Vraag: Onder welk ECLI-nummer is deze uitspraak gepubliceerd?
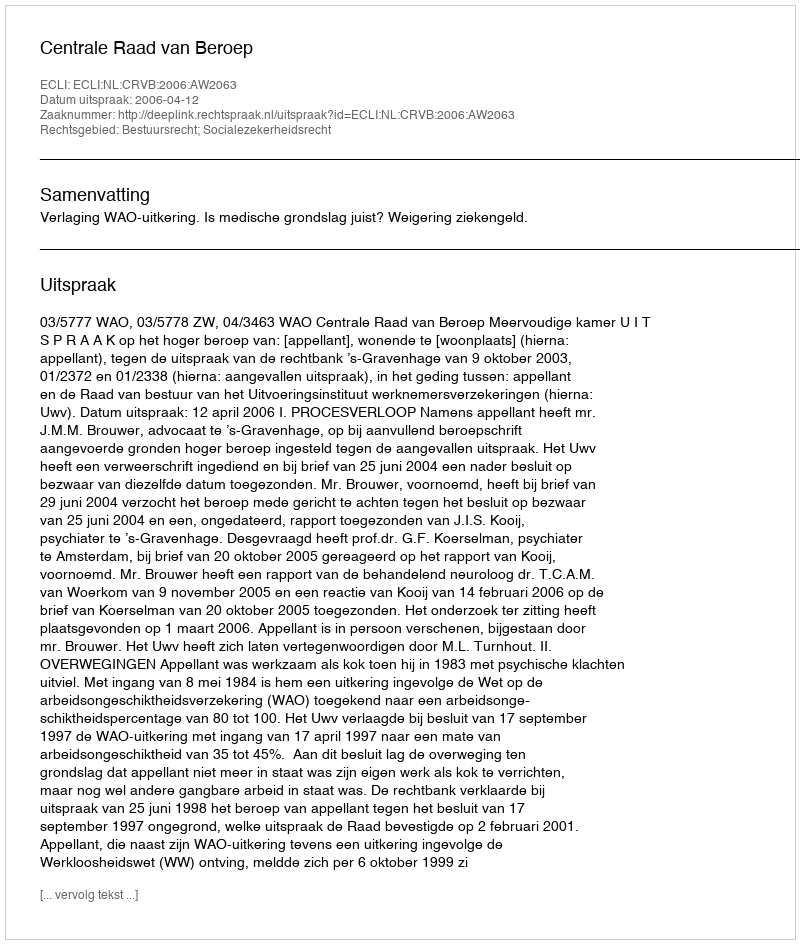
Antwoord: ECLI:NL:CRVB:2006:AW2063